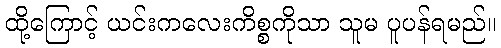
ထို့ကြောင့် ယင်းကလေးကိစ္စကိုသာ သူမ ပူပန်ရမည်။